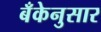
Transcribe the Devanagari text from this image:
बँकेनुसार